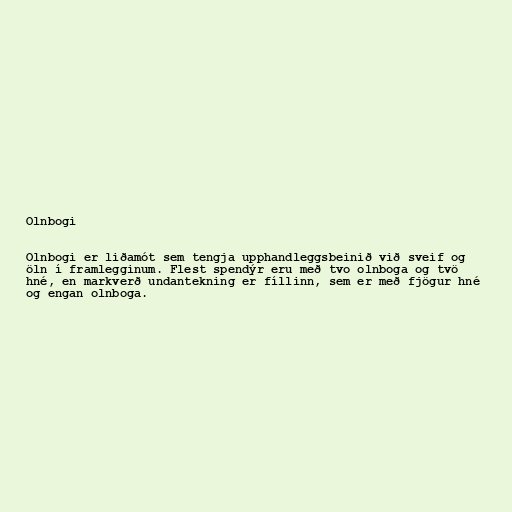
Olnbogi

Olnbogi er liðamót sem tengja upphandleggsbeinið við sveif og
öln í framlegginum. Flest spendýr eru með tvo olnboga og tvö
hné, en markverð undantekning er fíllinn, sem er með fjögur hné
og engan olnboga.